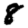
Digit: 8